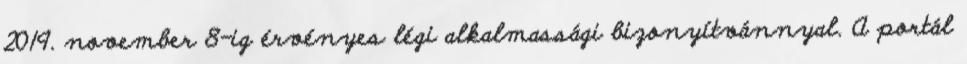
2019. november 8-ig érvényes légi alkalmassági bizonyítvánnyal. A portál